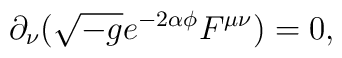
\partial_\nu(\sqrt{-g}e^{-2\alpha\phi}F^{\mu\nu})=0,